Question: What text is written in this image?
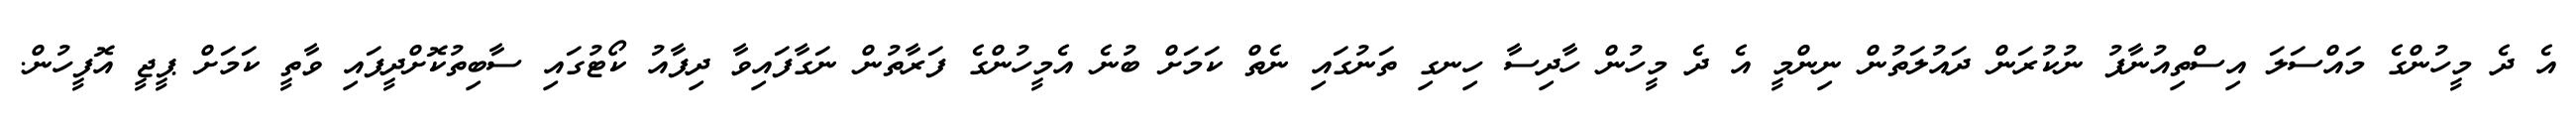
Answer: އެ ދެ މީހުންގެ މައްސަލަ އިސްތިއުނާފު ނުކުރަން ދައުލަތުން ނިންމީ އެ ދެ މީހުން ހާދިސާ ހިނގި ތަނުގައި ނެތް ކަމަށް ބުނެ އެމީހުންގެ ފަރާތުން ނަގާފައިވާ ދިފާއު ކޯޓުގައި ސާބިތުކޮށްދީފައި ވާތީ ކަމަށް ޕީޖީ އޮފީހުން.